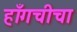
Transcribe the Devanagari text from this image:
हाँगचीचा